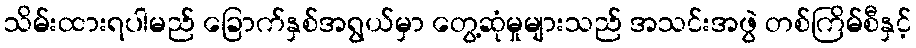
သိမ်းထားရပါမည် ခြောက်နှစ်အရွယ်မှာ တွေ့ဆုံမှုများသည် အသင်းအဖွဲ တစ်ကြိမ်စီနှင့်